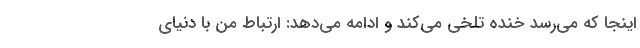
اینجا که می‌رسد خنده تلخی می‌کند و ادامه می‌دهد: ارتباط من با دنیای